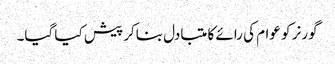
گورنر کو عوام کی رائے کا متبادل بناکر پیش کیا گیا۔